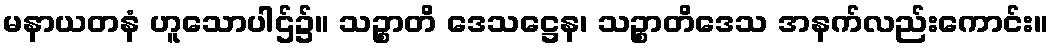
မနာယတနံ ဟူသောပါဌ်၌။ သဉ္စာတိ ဒေသဋ္ဌေန၊ သဉ္စာတိဒေသ အနက်လည်းကောင်း။